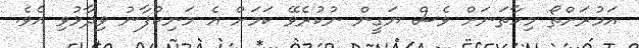
އަމުރަށްތޯ މިހާތަނަށް ވެސް ޔަގީން ނުކުރެވޭ ކަމަށް އެ މަނިކުފާނު ވިދާޅުވި އެވެ.